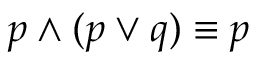
p \wedge ( p \vee q ) \equiv p